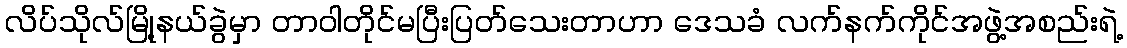
လိပ်သိုလ်မြို့နယ်ခွဲမှာ တာဝါတိုင်မပြီးပြတ်သေးတာဟာ ဒေသခံ လက်နက်ကိုင်အဖွဲ့အစည်းရဲ့